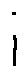
i